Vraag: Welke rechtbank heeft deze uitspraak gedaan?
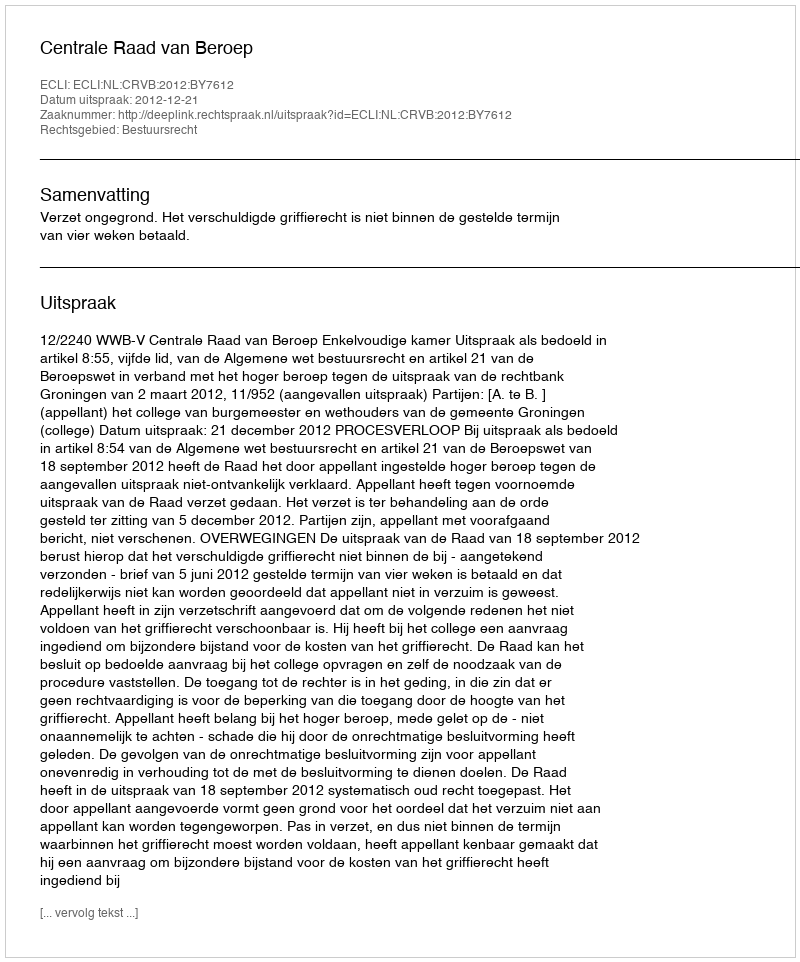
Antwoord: Centrale Raad van Beroep